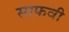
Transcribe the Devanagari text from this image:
साफवी